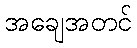
အချေအတင်